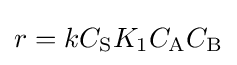
r=kC_{\mathrm {S} }K_{1}C_{\mathrm {A} }C_{\mathrm {B} }